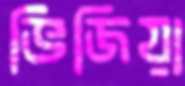
ভিজিয়া